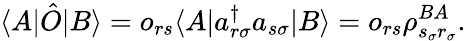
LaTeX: \langle A|\hat{O}|B\rangle=o_{rs}\langle A|a_{r\sigma}^{\dagger}a_{s\sigma}|B\rangle=o_{rs}\rho_{s_{\sigma}r_{\sigma}}^{BA}.